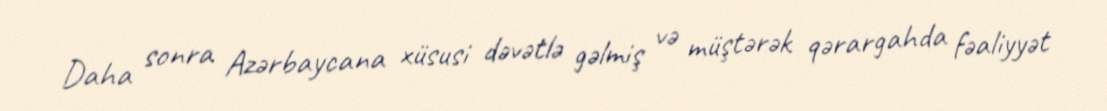
Daha sonra Azərbaycana xüsusi dəvətlə gəlmiş və müştərək qərargahda fəaliyyət